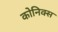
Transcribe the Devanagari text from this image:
कोनिक्स